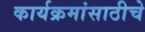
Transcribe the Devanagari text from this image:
कार्यक्रमांसाठीचे